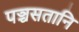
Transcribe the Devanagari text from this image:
पञ्चसतानि